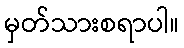
မှတ်သားစရာပါ။